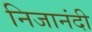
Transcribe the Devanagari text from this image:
निजानंदी